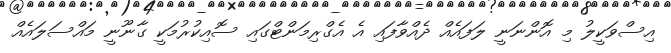
އިސްވަކީލު މި އޮންނަނީ ލަފައެއް ދެއްވާފައި އެ އެގްރިމަންޓްގައި ސޮއިކުރުމަކީ ގާނޫނީ މައްސަލައެއް